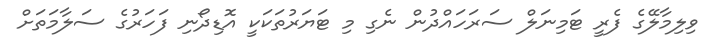
ވިލިމާލޭގެ ފެރީ ޓަމިނަލް ސަރަހައްދުން ނެގި މި ޓަޔަރުތަކަކީ އޮޑިދޯނި ފަހަރުގެ ސަލާމަތަށް